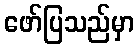
ဖော်ပြသည်မှာ